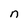
Character: n